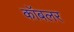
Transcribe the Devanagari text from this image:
कॉबलर